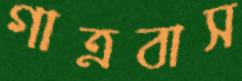
গাত্রবাস